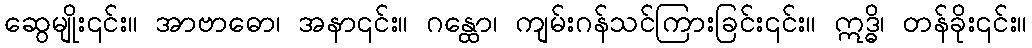
ဆွေမျိုး၎င်း။ အာဗာဓော၊ အနာ၎င်း။ ဂန္ထော၊ ကျမ်းဂန်သင်ကြားခြင်း၎င်း။ ဣဒ္ဓိ၊ တန်ခိုး၎င်း။